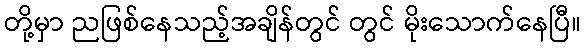
တို့မှာ ညဖြစ်နေသည့်အချိန်တွင် တွင် မိုးသောက်နေပြီ။